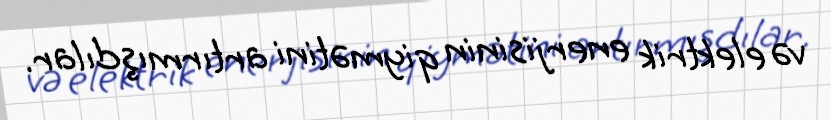
və elektrik enerjisinin qiymətini artırmışdılar.